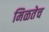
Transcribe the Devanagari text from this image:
मिळतेच